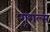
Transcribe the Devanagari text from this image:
गूगल्स